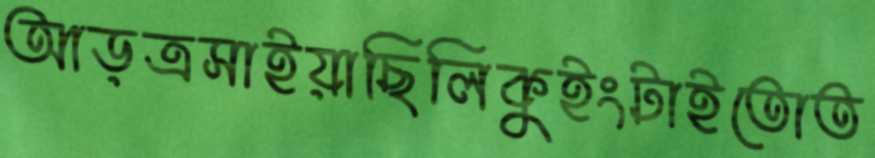
আড়ত্রসাইয়াছিলিকুইংটাইতোত